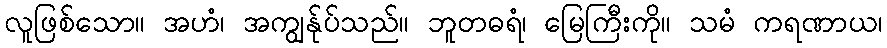
လူဖြစ်သော။ အဟံ၊ အကျွန်ုပ်သည်။ ဘူတဓရံ၊ မြေကြီးကို။ သမံ ကရဏာယ၊